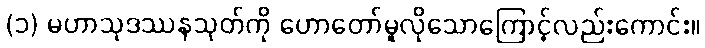
(၁) မဟာသုဒဿနသုတ်ကို ဟောတော်မူလိုသောကြောင့်လည်းကောင်း။